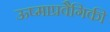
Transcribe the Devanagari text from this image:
ऊष्माप्रवैगिकी